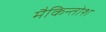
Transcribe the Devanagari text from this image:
मैकिन्तोश